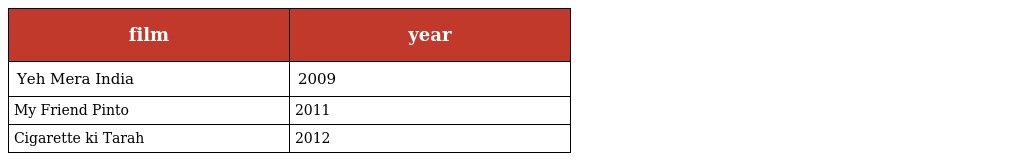
| film | year |
 | --- | --- |
 | Yeh Mera India | 2009 |
 | My Friend Pinto | 2011 |
 | Cigarette ki Tarah | 2012 |